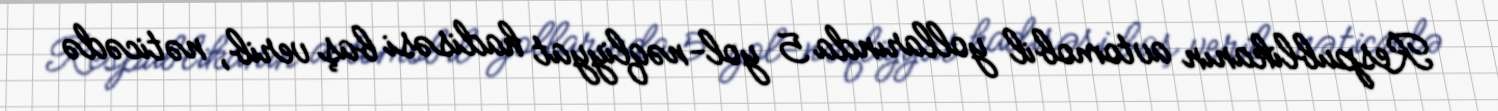
Respublikanın avtomobil yollarında 5 yol-nəqliyyat hadisəsi baş verib, nəticədə